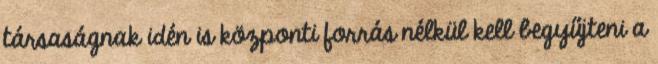
társaságnak idén is központi forrás nélkül kell begyűjteni a